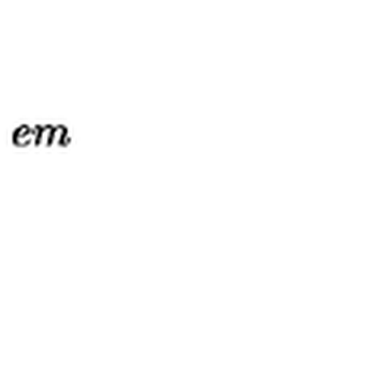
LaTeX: \hspace { 5 e m }